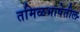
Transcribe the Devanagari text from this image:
तमिळभाषेतील